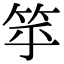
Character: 𥬏